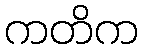
ကတိက